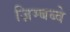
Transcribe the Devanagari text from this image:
ज़िम्बब्वे